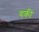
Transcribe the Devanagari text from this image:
यकीं